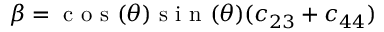
\beta = \textrm { c o s } ( \theta ) \textrm { s i n } ( \theta ) ( c _ { 2 3 } + c _ { 4 4 } )